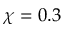
\chi = 0 . 3